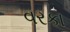
વરકા